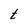
Character: t